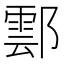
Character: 𨝽